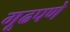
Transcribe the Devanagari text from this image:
गूढपणे